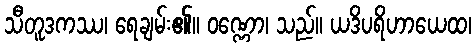
သီတူဒကဿ၊ ရေချမ်း၏။ ဝဏ္ဏော၊ သည်။ ယဒိပရိဟာယေထ၊